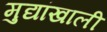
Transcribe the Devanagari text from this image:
मुद्यांखाली